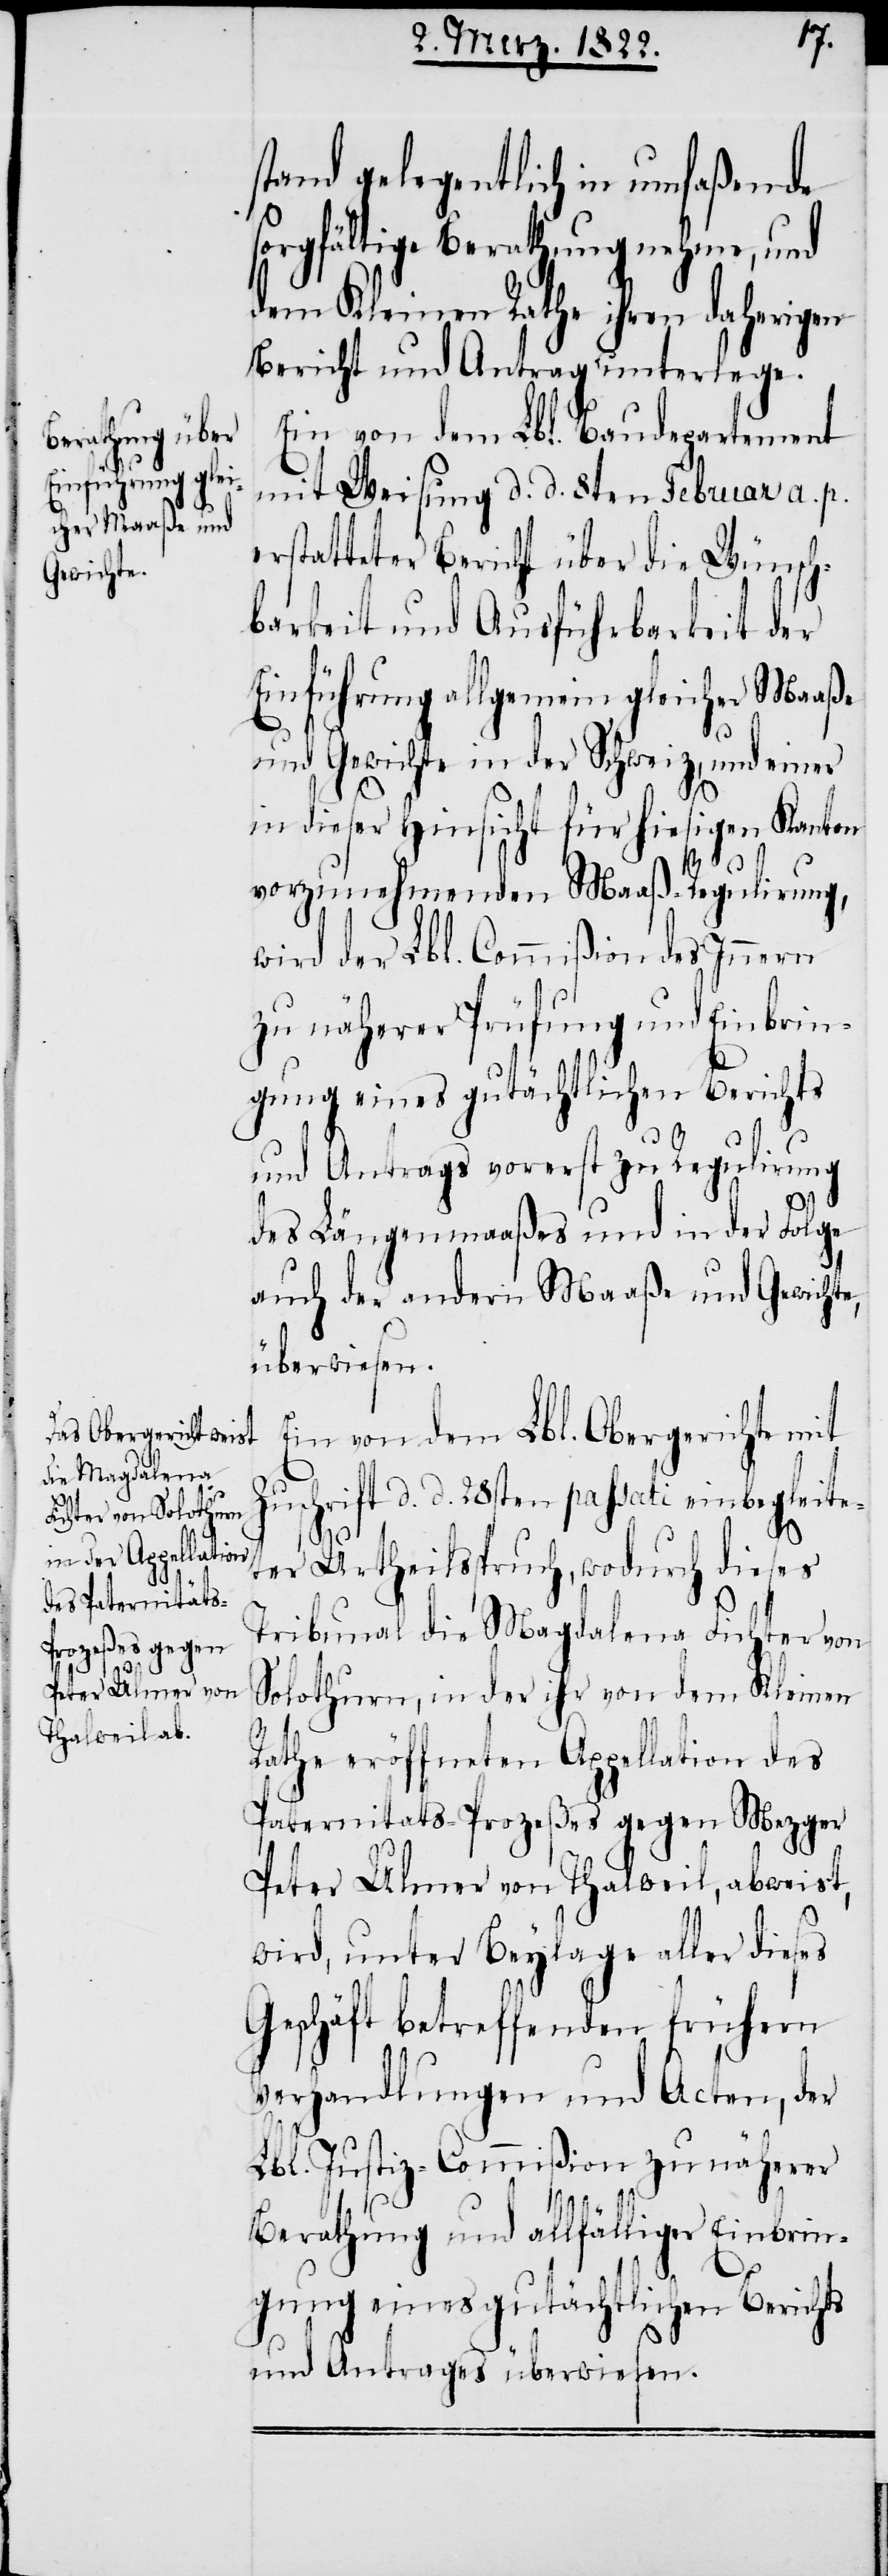
stand gelegentlich in umfaßende
sorgfältige Berathung nehme, und
dem Kleinen Rathe ihren daherigen
Bericht und Antrag unterlege.
Ein von dem Lbl. Baudepartement
mit Weisung d. d. 8ten Februar a. p.
erstatteter Bericht über die Wünsch¬
barkeit und Ausführbarkeit der
Einführung allgemein gleicher Maaße
und Gewichte in der Schweiz, und einer
in dieser Hinsicht für hiesigen Kanton
vorzunehmenden Maaß-Regulirung,
wird der Lbl. Commißion des Innern
zu näherer Prüfung und Einbrin¬
gung eines gutächtlichen Berichts
und Antrags vorerst zu Regulirung
des Längenmaaßes und in der Folge
auch der andern Maaße und Gewichte
überwiesen.
Ein von dem Lbl. Obergerichte mit
Zuschrift d. d. 18sten passati einbegleite¬
ter Urtheilsspruch, wodurch dieses
Tribunal die Magdalena Fichter von
Solothurn, in der ihr von dem Kleinen
Rathes eröffneten Appellation des
Paternitäts-Prozeßes gegen Mezger
Peter Ulmer von Thalweil, abweist,
wird, unter Beylage aller dieses
Geschäft betreffenden frühern
Verhandlungen und Acten, der
Lbl. Justiz-Commißion zu näherer
Berathung und allfälliger Einbrin¬
gung eines gutächtlichen Berichts
und Antrags überwiesen.